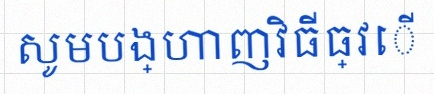
សូមបង្ហាញវិធីធ្វើ